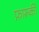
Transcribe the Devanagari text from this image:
फ़ारूकी